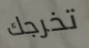
تخرجك